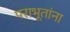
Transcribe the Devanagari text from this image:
पराभूतांना